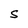
Character: S